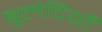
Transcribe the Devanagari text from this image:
बुलंदियाँ